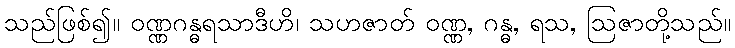
သည်ဖြစ်၍။ ဝဏ္ဏဂန္ဓရသာဒီဟိ၊ သဟဇာတ် ဝဏ္ဏ, ဂန္ဓ, ရသ, ဩဇာတို့သည်။